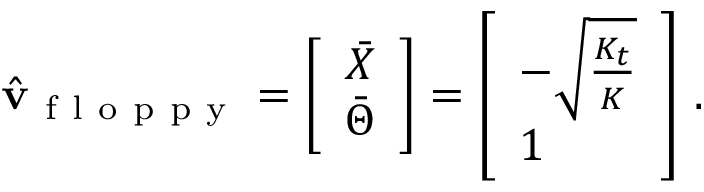
\hat { \mathbf { v } } _ { \mathrm { ~ f ~ l ~ o ~ p ~ p ~ y ~ } } = \left[ \begin{array} { l } { \bar { X } } \\ { \bar { \Theta } } \end{array} \right] = \left[ \begin{array} { l } { - \sqrt { \frac { K _ { t } } { K } } } \\ { 1 } \end{array} \right] \, .